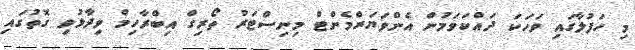
މި ހަފުލާގައި ވަހަކަ ދައްކަވަމުން އެންވަޔަރްމެންޓް މިނިސްޓަރު ތޯރިގް އިބްރާހިމް ވިދާޅުވި ގޮތުގައި